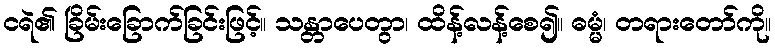
ငရဲ၏ ခြိမ်းခြောက်ခြင်းဖြင့်။ သန္တာပေတွာ၊ ထိန့်လန့်စေ၍။ ဓမ္မံ၊ တရားတော်ကို။